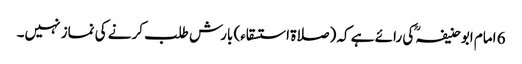
6 امام ابوحنیفہؒ کی رائے ہے کہ (صلاۃ استسقاء) بارش طلب کرنے کی نماز نہیں۔